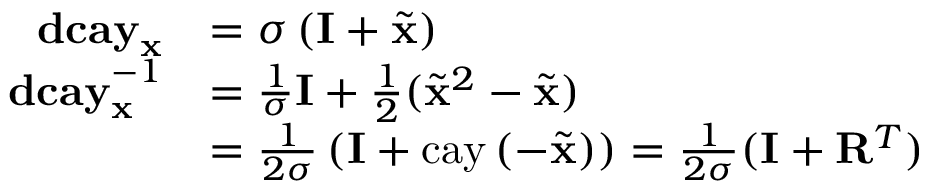
\begin{array} { r l } { \mathbf { d c a y } _ { \mathbf { x } } } & { = \sigma \left( \mathbf { I } + \tilde { \mathbf { x } } \right) } \\ { \mathbf { d c a y } _ { \mathbf { x } } ^ { - 1 } } & { = \frac { 1 } { \sigma } \mathbf { I } + \frac { 1 } { 2 } ( \tilde { \mathbf { x } } ^ { 2 } - \tilde { \mathbf { x } } ) } \\ & { = \frac { 1 } { 2 \sigma } \left( \mathbf { I } + \mathrm { c a y } \left( - \tilde { \mathbf { x } } \right) \right) = \frac { 1 } { 2 \sigma } ( \mathbf { I } + \mathbf { R } ^ { T } ) } \end{array}